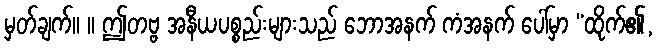
မှတ်ချက်။ ။ ဤတဗ္ဗ အနီယပစ္စည်းများသည် ဘောအနက် ကံအနက် ပေါ်မှာ “ထိုက်၏,